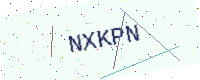
Text: NXKPN